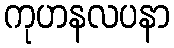
ကုဟနလပနာ